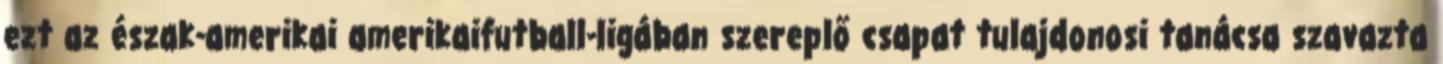
ezt az észak-amerikai amerikaifutball-ligában szereplő csapat tulajdonosi tanácsa szavazta